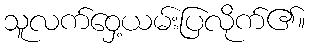
သူလက်ဝှေ့ယမ်းပြလိုက်၏။